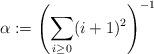
LaTeX: \begin{align*}\alpha:=\left(\sum_{i\ge 0} (i+1)^2 \right)^{-1}\end{align*}